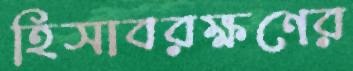
হিসাবরক্ষণের